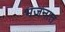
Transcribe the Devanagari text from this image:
भजनात